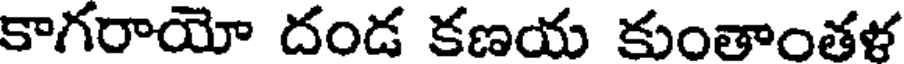
కాగరాయో దండ కణయ కుంతాంతళ